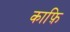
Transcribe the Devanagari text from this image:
काफ़ि